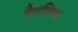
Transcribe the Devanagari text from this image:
वैतंडिक